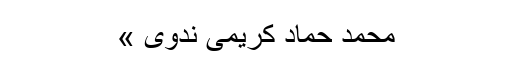
محمد حماد کریمی ندوی »